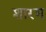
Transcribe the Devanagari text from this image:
शारभ